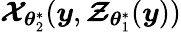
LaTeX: \boldsymbol{\mathcal{X}}_{\boldsymbol{\theta}_{2}^{\ast}}(\boldsymbol{y},\boldsymbol{\mathcal{Z}}_{\boldsymbol{\theta}_{1}^{\ast}}(\boldsymbol{y}))